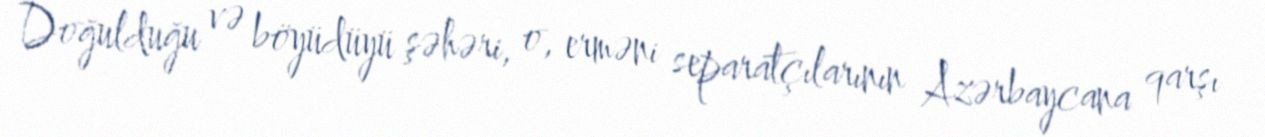
Doğulduğu və böyüdüyü şəhəri, o, erməni separatçılarının Azərbaycana qarşı